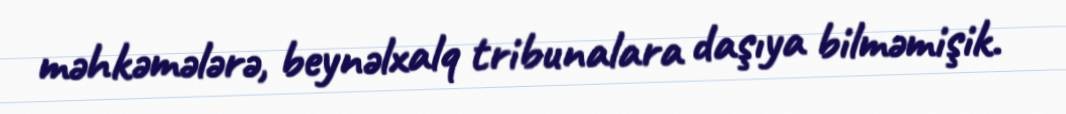
məhkəmələrə, beynəlxalq tribunalara daşıya bilməmişik.